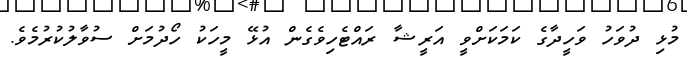
މުޅި ދުވަހު ވަހީދާގެ ކަމަކަށްވީ އަރީޝާ ރައްޓެހިވެގެން އުޅޭ މީހަކު ހޯދުމަށް ސުވާލުކުރުމެވެ.